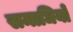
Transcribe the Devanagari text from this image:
समाधियो